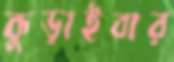
কুড়াইবার